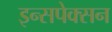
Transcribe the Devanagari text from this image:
इन्सपेक्सन